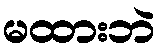
မထားဘဲ